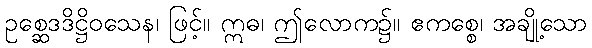
ဥစ္ဆေဒဒိဋ္ဌိဝသေန၊ ဖြင့်။ ဣဓ၊ ဤလောက၌။ ဧကစ္စေ၊ အချို့သော